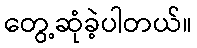
တွေ့ဆုံခဲ့ပါတယ်။